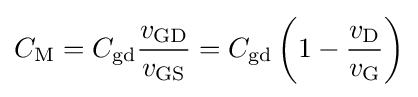
C_{\mathrm {M} }=C_{\mathrm {gd} }{\frac {v_{\mathrm {GD} }}{v_{\mathrm {GS} }}}=C_{\mathrm {gd} }\left(1-{\frac {v_{\mathrm {D} }}{v_{\mathrm {G} }}}\right)